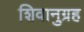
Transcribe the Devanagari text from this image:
शिवानुग्रह